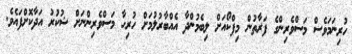
ހުރިނަމަވެސް މަސްވެރިންގެ ފަރާތުން މިފްކޯއަށް ލިބެމުންދާ އެއްބާރުލުމަށް ހުރިހާ މަސްވެރިންނަށް ޝުކުރު އަދާކޮށްފައެވެ.